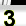
Digit: 3